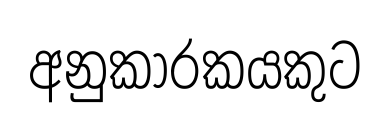
අනුකාරකයකුට